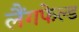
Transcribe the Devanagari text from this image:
लैंगफेल्ड